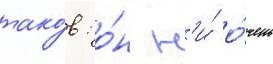
тако́в: о́н н'и́ о́чень